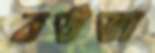
বউভা